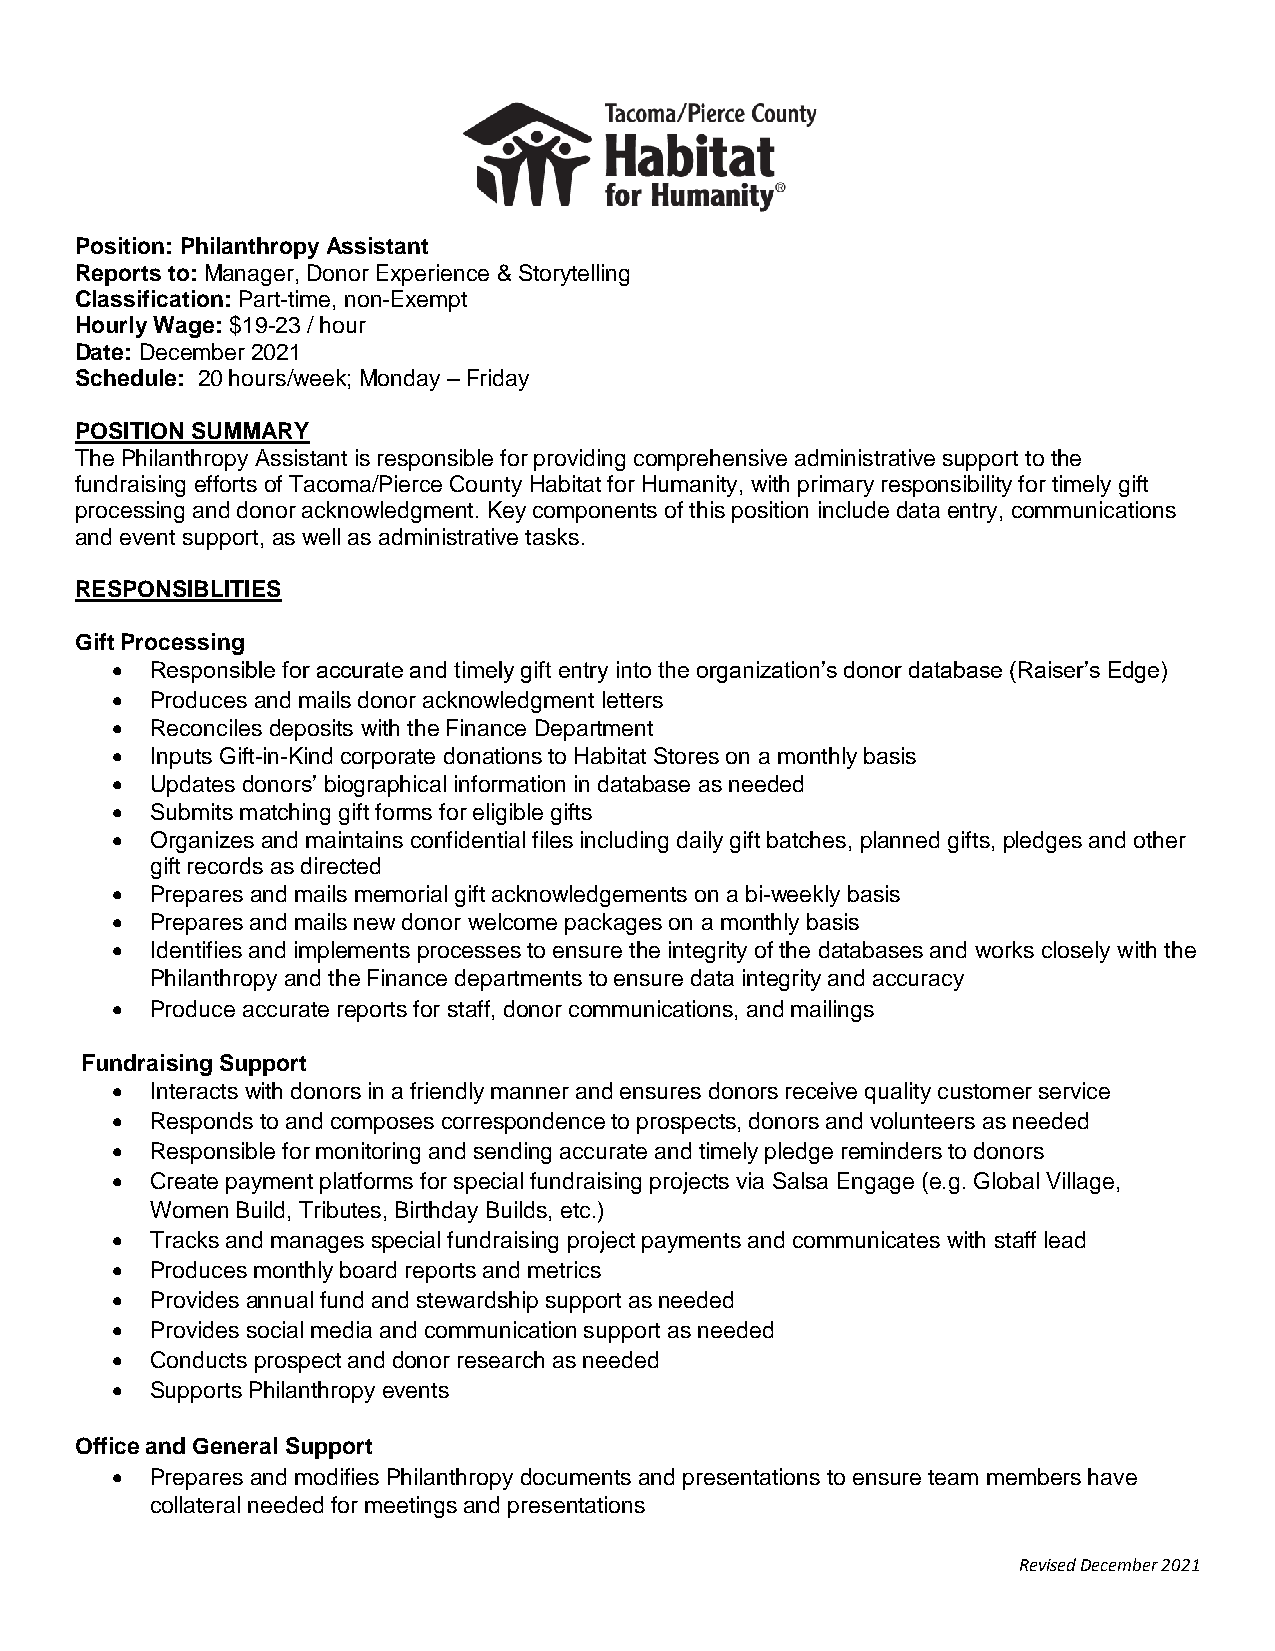
Position: Philanthropy Assistant
 Reports to: Manager, Donor Experience & Storytelling
 Classification: Part-time, non-Exempt
 Hourly Wage: $19-23 / hour
 Date: December 2021
 Schedule: 20 hours/week; Monday – Friday
 POSITION SUMMARY
 The Philanthropy Assistant is responsible for providing comprehensive administrative support to the
 fundraising efforts of Tacoma/Pierce County Habitat for Humanity, with primary responsibility for timely gift
 processing and donor acknowledgment. Key components of this position include data entry, communications
 and event support, as well as administrative tasks.
 RESPONSIBLITIES
 Gift Processing
   Responsible for accurate and timely gift entry into the organization’s donor database (Raiser’s Edge)
   Produces and mails donor acknowledgment letters
   Reconciles deposits with the Finance Department
   Inputs Gift-in-Kind corporate donations to Habitat Stores on a monthly basis
   Updates donors’ biographical information in database as needed
   Submits matching gift forms for eligible gifts
   Organizes and maintains confidential files including daily gift batches, planned gifts, pledges and other
 gift records as directed
   Prepares and mails memorial gift acknowledgements on a bi-weekly basis
   Prepares and mails new donor welcome packages on a monthly basis
   Identifies and implements processes to ensure the integrity of the databases and works closely with the
 Philanthropy and the Finance departments to ensure data integrity and accuracy
   Produce accurate reports for staff, donor communications, and mailings
 Fundraising Support
   Interacts with donors in a friendly manner and ensures donors receive quality customer service
   Responds to and composes correspondence to prospects, donors and volunteers as needed
   Responsible for monitoring and sending accurate and timely pledge reminders to donors
   Create payment platforms for special fundraising projects via Salsa Engage (e.g. Global Village,
 Women Build, Tributes, Birthday Builds, etc.)
   Tracks and manages special fundraising project payments and communicates with staff lead
   Produces monthly board reports and metrics
   Provides annual fund and stewardship support as needed
   Provides social media and communication support as needed
   Conducts prospect and donor research as needed
   Supports Philanthropy events
 Office and General Support
   Prepares and modifies Philanthropy documents and presentations to ensure team members have
 collateral needed for meetings and presentations
 Revised December 2021